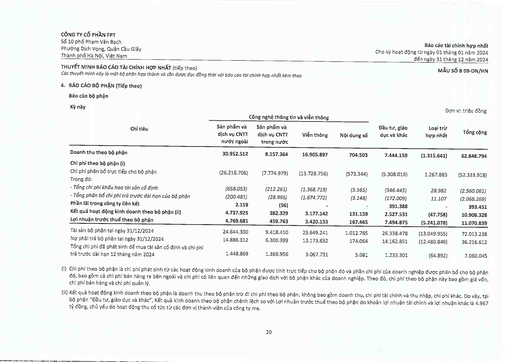
|||Công nghệ thông tin|và viễn thông|||Đơn|vị: triệu đồng| |---|---|---|---|---|---|---|---| |Chỉ tiêu|Sản phẩm và dịch vụ CNTT nước ngoài|Sản phẩm và dịch vụ CNTT trong nước|Viễn thông|Nội dung số|Đầu tư, giáo dục và khác|Loại trừ hợp nhất|Tổng cộng| |Doanh thu theo bộ phận|30.952.512|8.157.364|16.905.897|704.503|7.444.159|(1.315.641)|62.848.794| |Chi phí theo bộ phận (i)|||||||| |Chi phí phân bổ trực tiếp cho bộ phận|(26.216.706)|(7.774.979)|(13.728.756)|(573.344)|(5.308.016)|1.267.883|(52.333.918)| |Trong đó:|||||||| |Tổng chi phí khấu hao tài sản cố định|(658.053)|(212.261)|(1.368.719)|(3.565)|(346.445)|28.982|(2.560.061)| |- Tổng phân bổ chi phí trả trước dài hạn của bộ phận|(200.481)|(28.966)|(1.674.772)|(3.148)|(172.009)|11.107|(2.068.269)| |Phần lãi trong công ty liên kết|2.119|(56)|-|-|391.388|-|393.451| |Kết quả hoạt động kinh doanh theo bộ phận (ii)|4.737.925|382.329|3.177.142|131.159|2.527.531|(47.758)|10.908.328| |Lợi nhuận trước thuế theo bộ phận|4.769.681|459.763|3.420.133|167.465|7.494.875|(5.241.078)|11.070.839| |Tài sản bộ phận tại ngày 31/12/2024|24.644.300|9.418.410|23.649.241|1.012.765|26.338.478|(13.049.955)|72.013.238| |Nợ phải trả bộ phận tại ngày 31/12/2024|14.886.312|6.300.399|13.173.832|174.064|14.162.851|(12.480.846)|36.216.612| |Tổng chi phí đã phát sinh để mua tài sản cố định và chi phí trả trước dài hạn 12 tháng năm 2024|1.448.869|1.369.956|3.067.731|5.081|1.233.301|(64.892)|7.060.045|